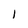
Character: l